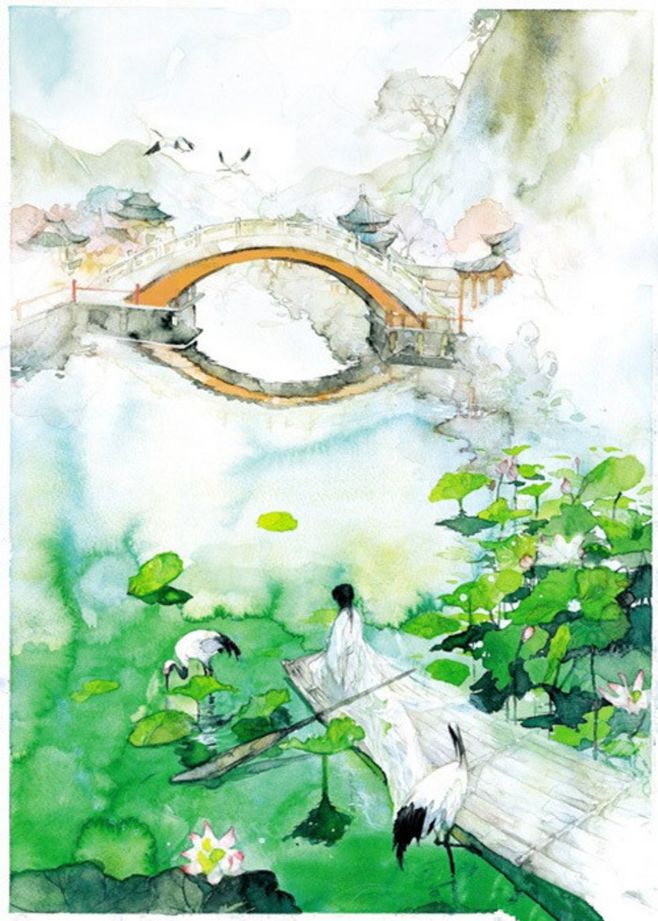
第四桥边，拟共天随住。